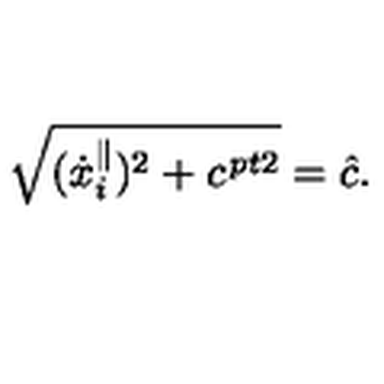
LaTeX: \sqrt { ( { \dot { x } } _ { i } ^ { \parallel } ) ^ { 2 } + c ^ { \kern 1 p t 2 } } = \hat { c } .